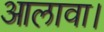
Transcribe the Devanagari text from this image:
आलावा।